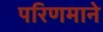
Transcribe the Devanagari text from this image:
परिणमाने